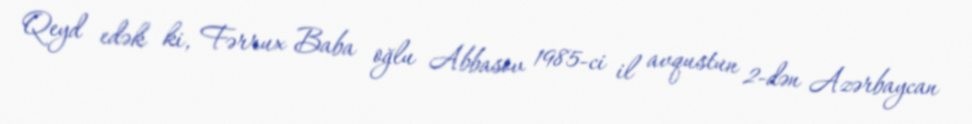
Qeyd edək ki, Fərrux Baba oğlu Abbasov 1985-ci il avqustun 2-dən Azərbaycan